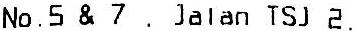
NO.5 & 7 , JALAN TSJ 2.